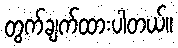
တွက်ချက်ထားပါတယ်။